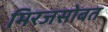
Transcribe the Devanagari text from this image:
मिरजसोबत